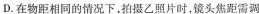
D.在物距相同的情况下，拍摄乙照片时，镜头焦距需调